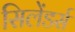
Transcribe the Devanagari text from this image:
सिलेंडर्स